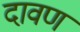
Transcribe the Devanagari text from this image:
दावण